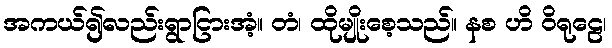
အကယ်၍လည်းရွာငြားအံ့။ တံ၊ ထိုမျိုးစေ့သည်။ နစ ဟိ ဝိရုဠေ၊